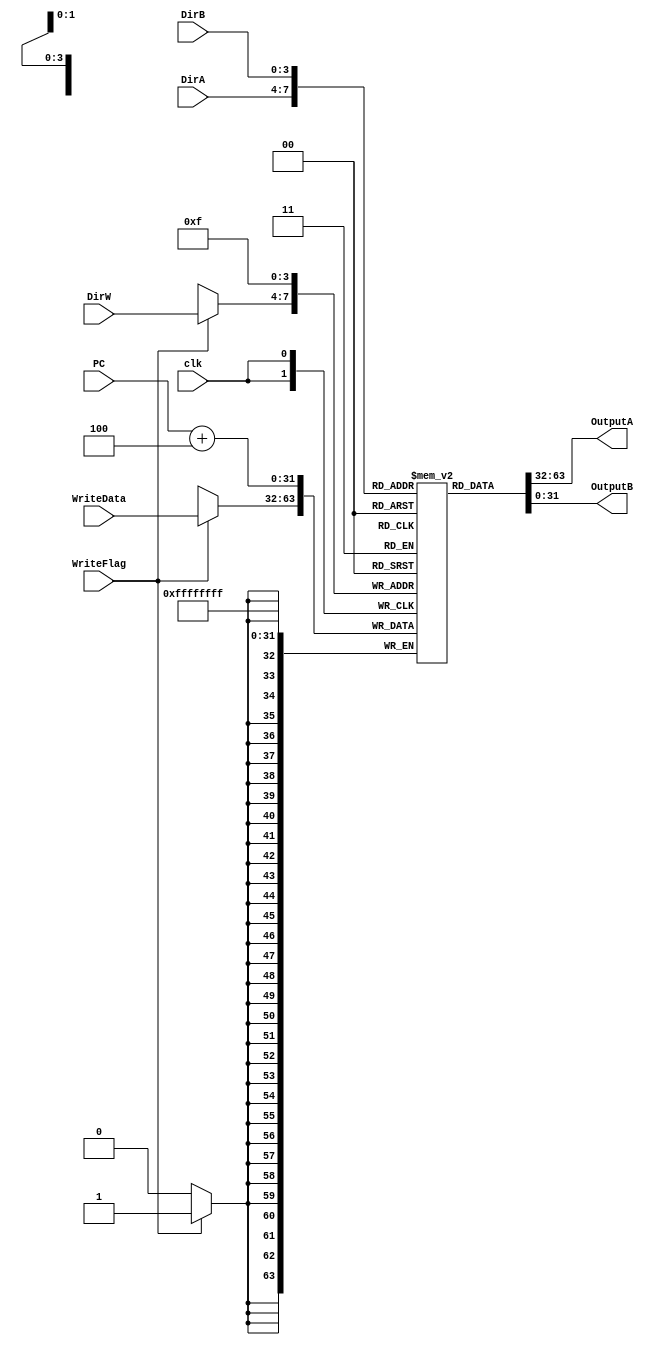
`timescale 1ns / 1ps
//////////////////////////////////////////////////////////////////////////////////
// Company: 
// Engineer: 
// 
// Design Name: 
// Module Name:    RegisterFile 
// Project Name: 
// Target Devices: 
// Tool versions: 
// Description: 
//
// Dependencies: 
//
// Revision: 
// Revision 0.01 - File Created
// Additional Comments: 
//
//////////////////////////////////////////////////////////////////////////////////
module RegisterFile(
    input clk,
    input WriteFlag,
    input [3:0] DirA,
    input [3:0] DirB,
    input [3:0] DirW,
	 input [31:0] PC,
    input [31:0] WriteData,
    output [31:0] OutputA,
    output [31:0] OutputB
    );
	 
reg [31:0] RF [0:15];

initial begin
RF[0] <= 0; 
RF[1] <= 0;
RF[2] <= 0;
RF[3] <= 0;
RF[4] <= 0;
RF[5] <= 0;
RF[6] <= 0;
RF[7] <= 0;
RF[8] <= 0;
RF[9] <= 0;
RF[10] <= 0;
RF[11] <= 0;
RF[12] <= 0;
RF[13] <= 0;
RF[14] <= 0;
RF[15] <= 0;
end

always @(negedge clk)
begin
RF[15] <= PC + 4'd4;	
	
if(WriteFlag == 1'b1)
	begin
	RF[DirW] <= WriteData;
	end
end

assign OutputA = RF[DirA];
assign OutputB = RF[DirB];


endmodule